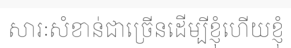
សារៈសំខាន់ជាច្រើនដើម្បីខ្ញុំហើយខ្ញុំ